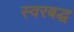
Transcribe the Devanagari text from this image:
स्‍वरबद्ध